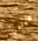
المبانى